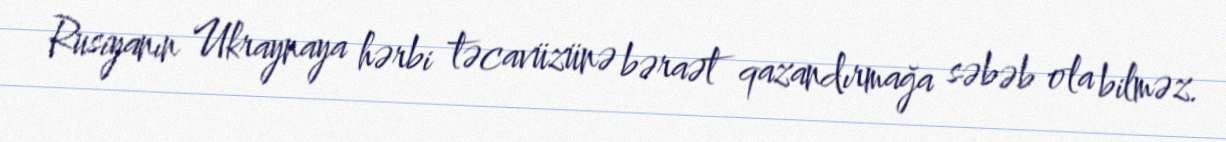
Rusiyanın Ukraynaya hərbi təcavüzünə bəraət qazandırmağa səbəb ola bilməz.